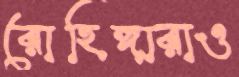
রোহিঙ্গারাও